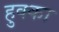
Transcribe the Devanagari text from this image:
हुक्‍का